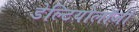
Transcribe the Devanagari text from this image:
डेल्टियोलॉजी